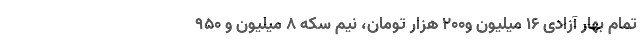
تمام بهار آزادی ۱۶ میلیون و۲۰۰ هزار تومان، نیم سکه ۸ میلیون و ۹۵۰